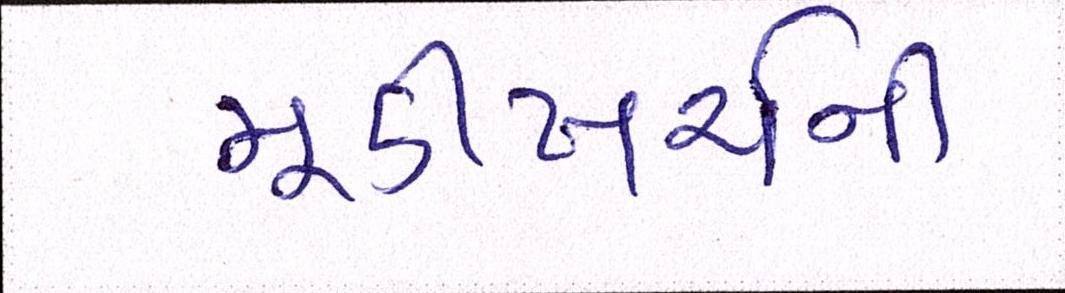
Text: મૂડીખર્ચની